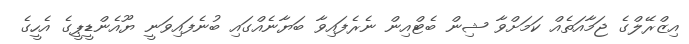
އިޒްރޭލްގެ ޖަމާއަތެއް ކަމަށްވާ ޝިން ބެޓްއިން ނެރެފައިވާ ބަޔާނެއްގައި ބުނެފައިވަނީ ޔޫއެންޑީޕީގެ އެހީގެ